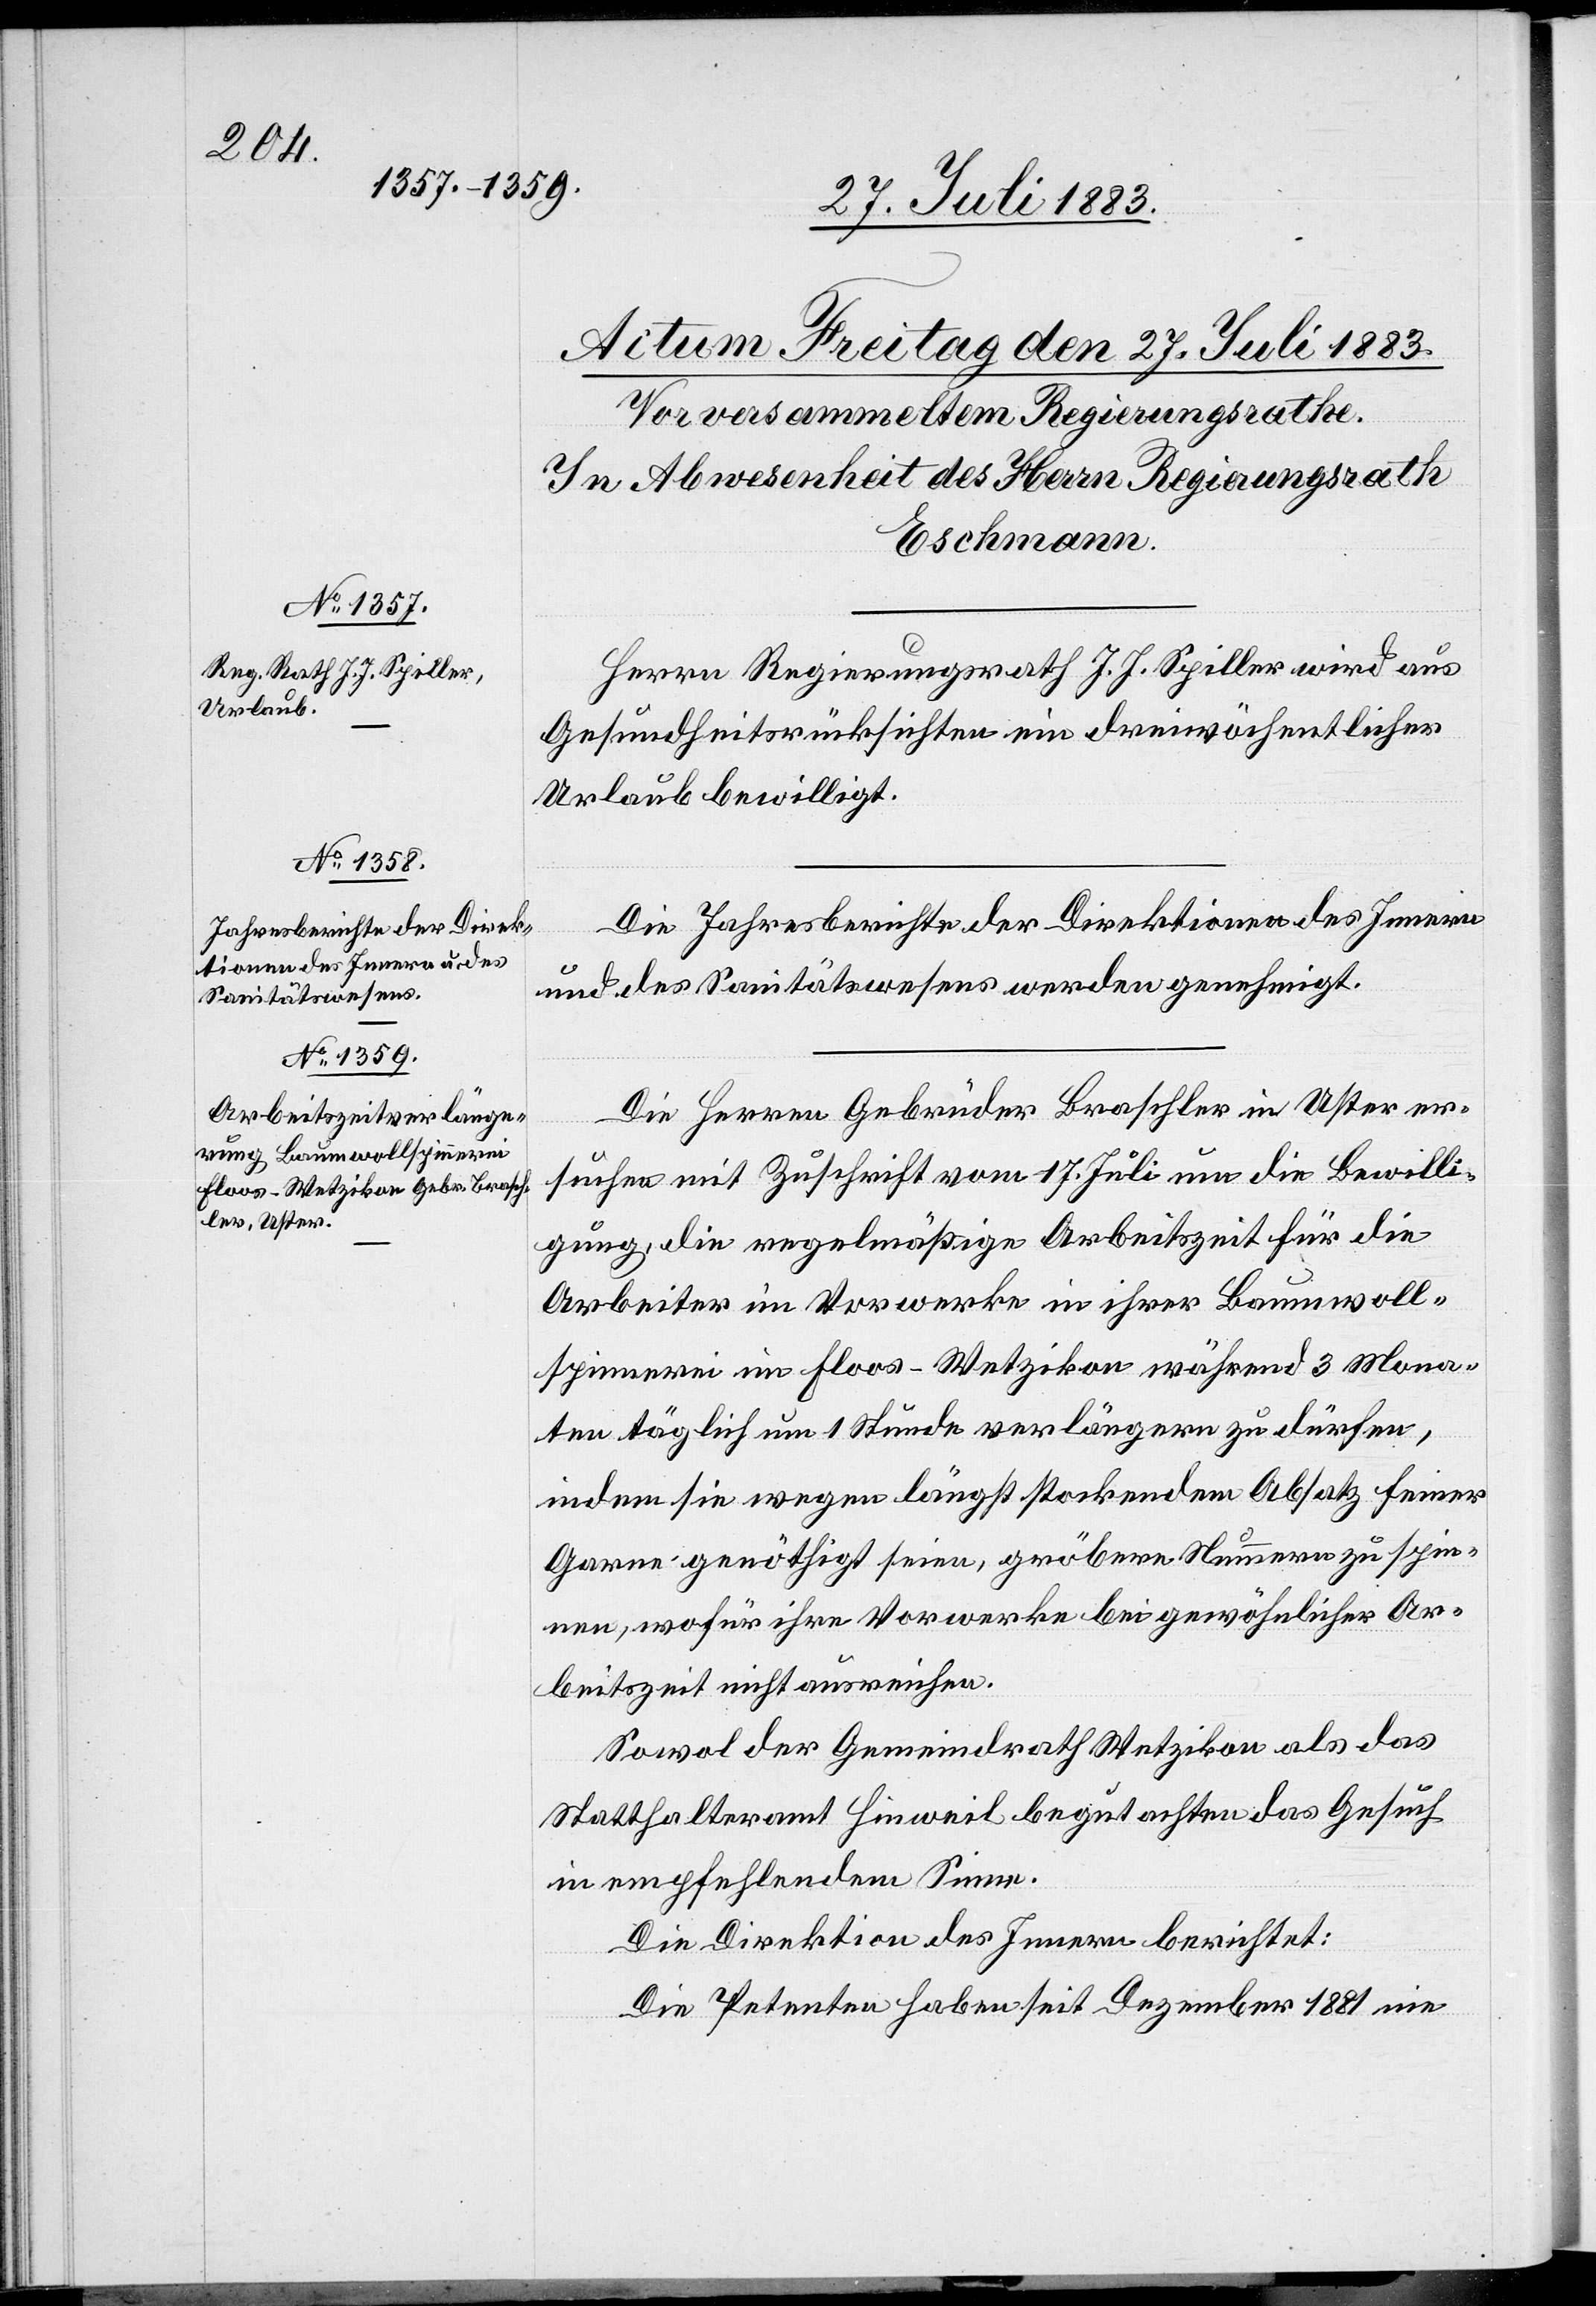
Herrn Regierungsrath J. J. Spiller wird aus
Gesundheitsrücksichten ein dreiwöchentlicher
Urlaub bewilligt.
Die Jahresberichte der Direktionen des Innern
und des Sanitätswesens werden genehmigt.
Die Herren Gebrüder Braschler in Uster er¬
suchen mit Zuschrift vom 17. Juli um die Bewilli¬
gung, die regelmäßige Arbeitszeit für die
Arbeiter im Vorwerke in ihrer Baumwoll¬
spinnerei im Floos - Wetzikon während 3 Mona¬
ten täglich um 1 Stunde verlängern zu dürfen,
indem sie wegen längst stockendem Absatz feiner
Garne genöthigt seien, gröbere Nummern zu spin¬
nen, wofür ihre Vorwerke bei gewöhnlicher Ar¬
beitszeit nicht ausreichen.
Sowol der Gemeindrath Wetzikon als das
Statthalteramt Hinweil begutachten das Gesuch
in empfehlendem Sinne.
Die Direktion des Innern berichtet:
Die Petenten haben seit Dezember 1881 nie